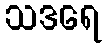
သဒရေ